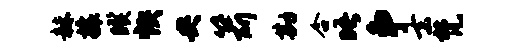
赫攘暌怏央箭勘合晤争去梵